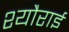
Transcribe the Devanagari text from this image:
श्यौराई